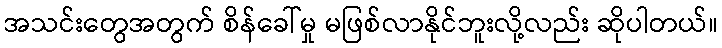
အသင်းတွေအတွက် စိန်ခေါ်မှု မဖြစ်လာနိုင်ဘူးလို့လည်း ဆိုပါတယ်။